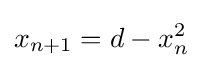
{\displaystyle x_{n+1}=d-x_{n}^{2}}